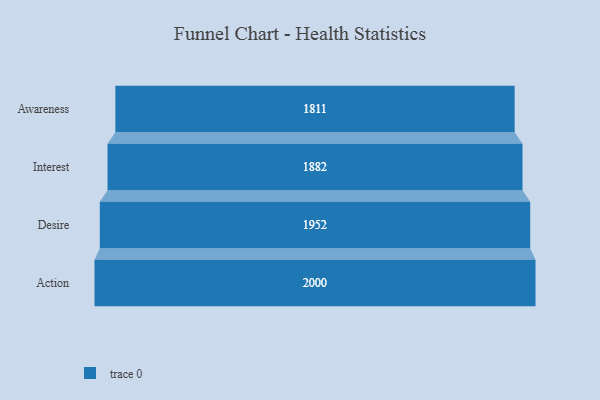
{"axis": {"x": "Stage", "y": "Value"}, "legend": [""], "data": [{"x": "Awareness", "y": 1811.0, "type": ""}, {"x": "Interest", "y": 1882.0, "type": ""}, {"x": "Desire", "y": 1952.0, "type": ""}, {"x": "Action", "y": 2000, "type": ""}]}